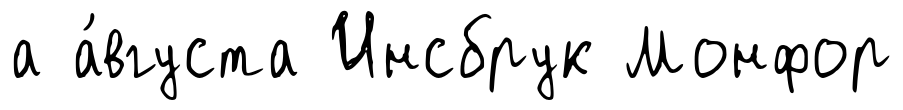
а а́вгуста Инсбрук Монфор